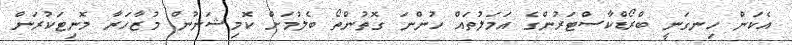
އެކަން ހިނގަނީ ބްރޯޑްކާސްޓަރުންގެ އަމަލުތައް ހުންނަ ގޮތުންތޯ ބެލުމަށް ކޮމިޝަނުން މުޒާހަރާ މޮނިޓަކުރަން